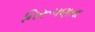
નિરૂપણતા